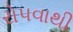
રોપવાથી